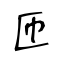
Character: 匝